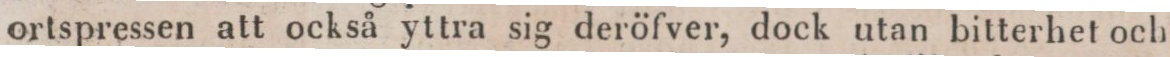
ortspressen att också yttra sig deröfver, dock utan bitterhet och